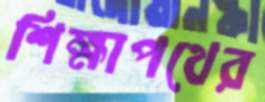
শিক্ষাপথের